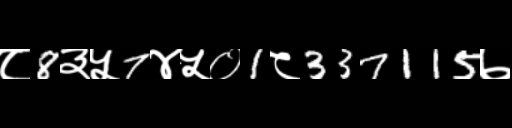
Text: ८8३५7४५०1८337115७